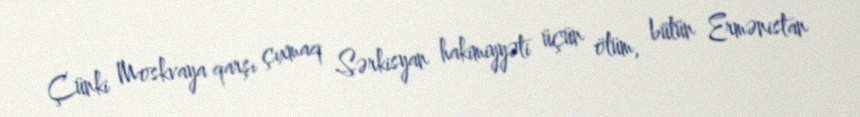
Çünki Moskvaya qarşı çıxmaq Sərkisyan hakimiyyəti üçün ölüm, bütün Ermənistan